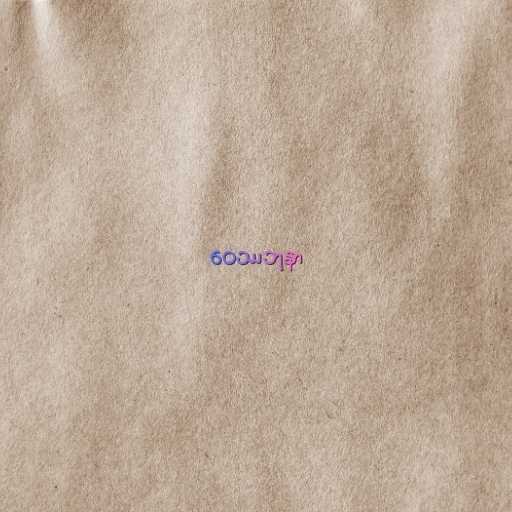
ဝေဿဘုနာ